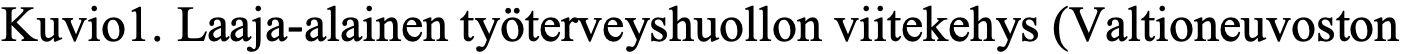
Kuvio1. Laaja-alainen työterveyshuollon viitekehys (Valtioneuvoston